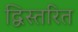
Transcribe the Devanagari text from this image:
द्विस्तरित